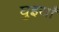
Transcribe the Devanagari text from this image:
घुइयाँ